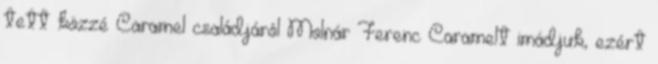
tett közzé Caramel családjáról Molnár Ferenc Caramelt imádjuk, ezért